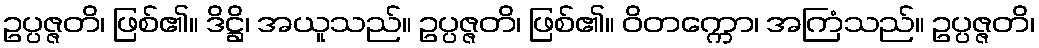
ဥပ္ပဇ္ဇတိ၊ ဖြစ်၏။ ဒိဋ္ဌိ၊ အယူသည်။ ဥပ္ပဇ္ဇတိ၊ ဖြစ်၏။ ဝိတက္ကော၊ အကြံသည်။ ဥပ္ပဇ္ဇတိ၊